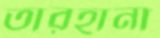
তারহানা